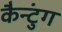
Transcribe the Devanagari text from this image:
कैन्टुंग